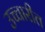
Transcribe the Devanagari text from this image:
उच्चारीत